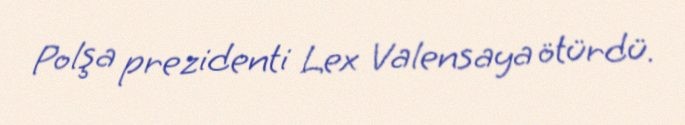
Polşa prezidenti Lex Valensaya ötürdü.